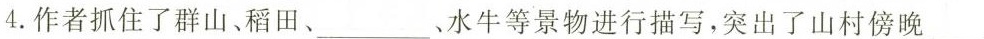
4.作者抓住了群山、稻田、___、水牛等景物进行描写，突出了山村傍晚___